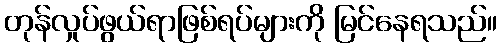
တုန်လှုပ်ဖွယ်ရာဖြစ်ရပ်များကို မြင်နေရသည်။